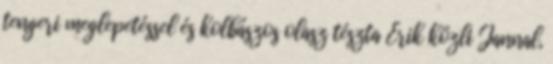
tengeri meglepetéssel és kolbászos olasz tészta Erik közli Jannal,